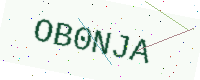
Text: OB0NJA